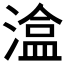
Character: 𭲃